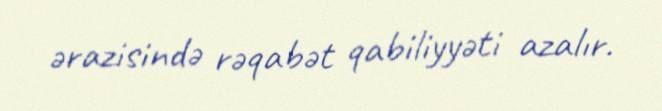
ərazisində rəqabət qabiliyyəti azalır.